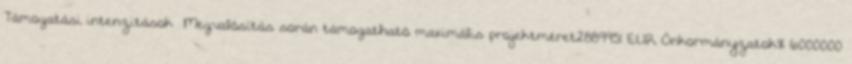
Támogatási intenzitások ▪Megvalósítás során támogatható maximális projektméret2889951 EUR▪Önkormányzatok% 6000000